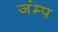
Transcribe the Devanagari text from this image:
जंम्प